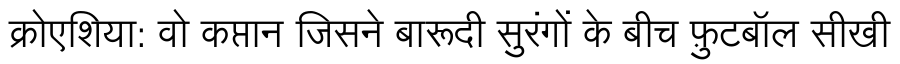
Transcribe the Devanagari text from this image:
क्रोएशिया: वो कप्तान जिसने बारूदी सुरंगों के बीच फ़ुटबॉल सीखी